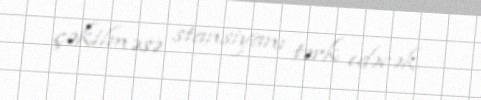
çəkilməsə stansiyanı tərk edəcək.